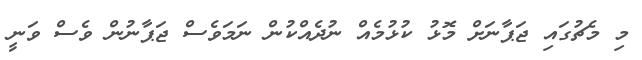
މި މެޗުގައި ޖަޕާނަށް މޮޅު ކުޅުމެއް ނުދެއްކުން ނަމަވެސް ޖަޕާނުން ވެސް ވަނީ